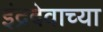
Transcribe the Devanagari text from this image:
इंद्रदेवाच्या